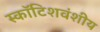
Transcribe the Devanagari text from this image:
स्कॉटिशवंशीय